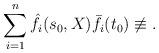
LaTeX: \begin{align*}\sum_{i=1}^n \hat f_i(s_0, X) \bar f_i(t_0) \not\equiv .\end{align*}